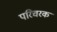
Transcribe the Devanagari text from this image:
परिचरक